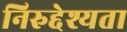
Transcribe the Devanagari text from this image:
निरुद्देश्यता